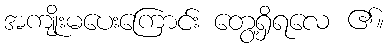
အကျိုးမပေးကြောင်း တွေ့ရှိရလေ ၏။